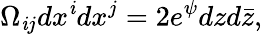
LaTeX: \Omega_{\mathit{i}j}dx^{\mathit{i}}dx^{j}=2e^{\psi}dzd\bar{{z}},